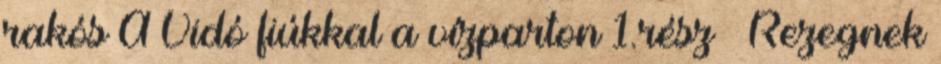
rakós A Vidó fiúkkal a vízparton 1.rész – Rezegnek